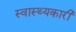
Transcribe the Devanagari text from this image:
स्वास्थ्यकारी